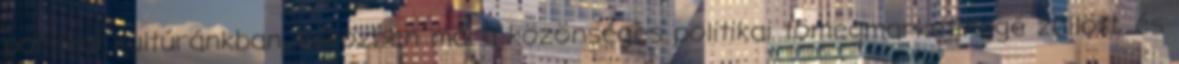
politikai kultúránkban, miközben mára közönséges politikai tömegmarketinggé züllött, és